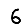
Digit: 6